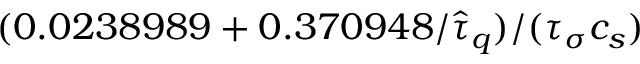
( 0 . 0 2 3 8 9 8 9 + 0 . 3 7 0 9 4 8 / \hat { \tau } _ { q } ) / ( { \tau } _ { \sigma } c _ { s } )